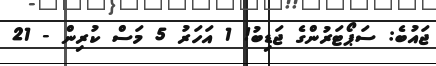
ޖައުބެ: ސަޕޯޓަރުންގެ ޖަޑިބު! 1 އަހަރު 5 މަސް ކުރިން - 21